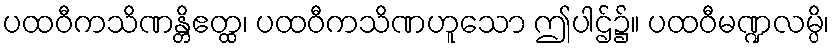
ပထဝီကသိဏန္တိဧတ္ထ၊ ပထဝီကသိဏဟူသော ဤပါဌ်၌။ ပထဝီမဏ္ဍလမ္ပိ၊